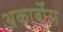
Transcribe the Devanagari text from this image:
अकार्बोस